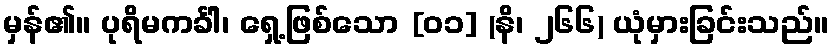
မှန်၏။ ပုရိမကင်္ခါ၊ ရှေ့ဖြစ်သော [၀၁] (နိ၊ ၂၆၆) ယုံမှားခြင်းသည်။